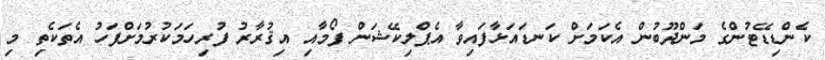
ކެންޑިޑޭޓުންގެ މަންދޫބުން އެކަމަށް ކަނޑައަޅާފައިވާ އެޕްލިކޭޝަން ފޯމާއި އިޤުރާރު ފުރިހަމަކުރުމަށްފަހު އެތަކެތި މި